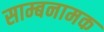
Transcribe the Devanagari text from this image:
साम्बनामक